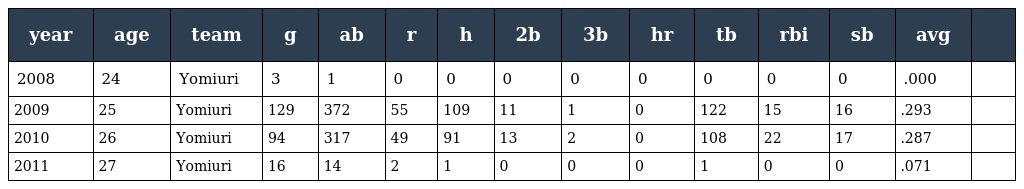
| year | age | team | g | ab | r | h | 2b | 3b | hr | tb | rbi | sb | avg |  |
 | --- | --- | --- | --- | --- | --- | --- | --- | --- | --- | --- | --- | --- | --- | --- |
 | 2008 | 24 | Yomiuri | 3 | 1 | 0 | 0 | 0 | 0 | 0 | 0 | 0 | 0 | .000 |  |
 | 2009 | 25 | Yomiuri | 129 | 372 | 55 | 109 | 11 | 1 | 0 | 122 | 15 | 16 | .293 |  |
 | 2010 | 26 | Yomiuri | 94 | 317 | 49 | 91 | 13 | 2 | 0 | 108 | 22 | 17 | .287 |  |
 | 2011 | 27 | Yomiuri | 16 | 14 | 2 | 1 | 0 | 0 | 0 | 1 | 0 | 0 | .071 |  |